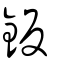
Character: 鈑